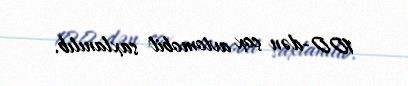
100-dən çox avtomobil saxlanılıb.